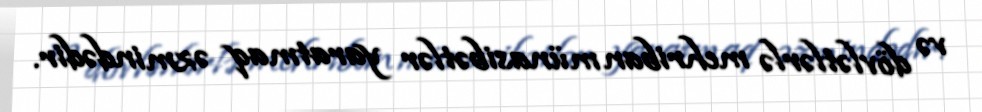
və dövlətlərlə mehriban münasibətlər yaratmaq əzmindədir.